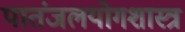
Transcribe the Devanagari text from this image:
पातंजलयोगशास्त्र